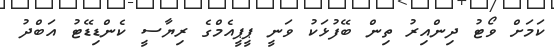
ކަމަށް ވޯޓު ދިންއިރު ތިން ބޭފުޅަކު ވަނީ ޕީޕީއެމްގެ ރިޔާސީ ކެންޑިޑޭޓު އަބްދު